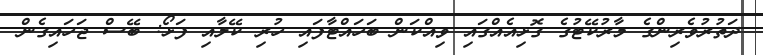
ދަތުރުވެރިންގެ މާރުކޭޓުގެ ގޮޅިއެއްގައި ވިއްކަން ބަހައްޓާފައި ހުރި ކޭލާއި ފަޅޯ: ބޭސް ޖަހައިގެން